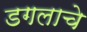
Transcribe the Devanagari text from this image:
डगलाचे